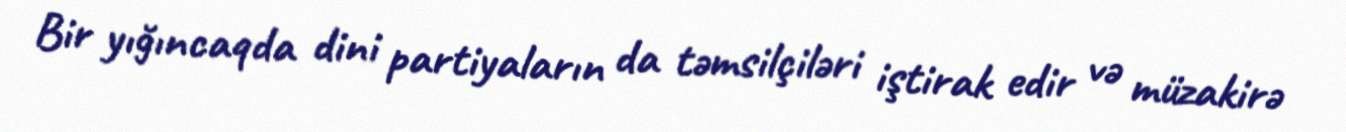
Bir yığıncaqda dini partiyaların da təmsilçiləri iştirak edir və müzakirə